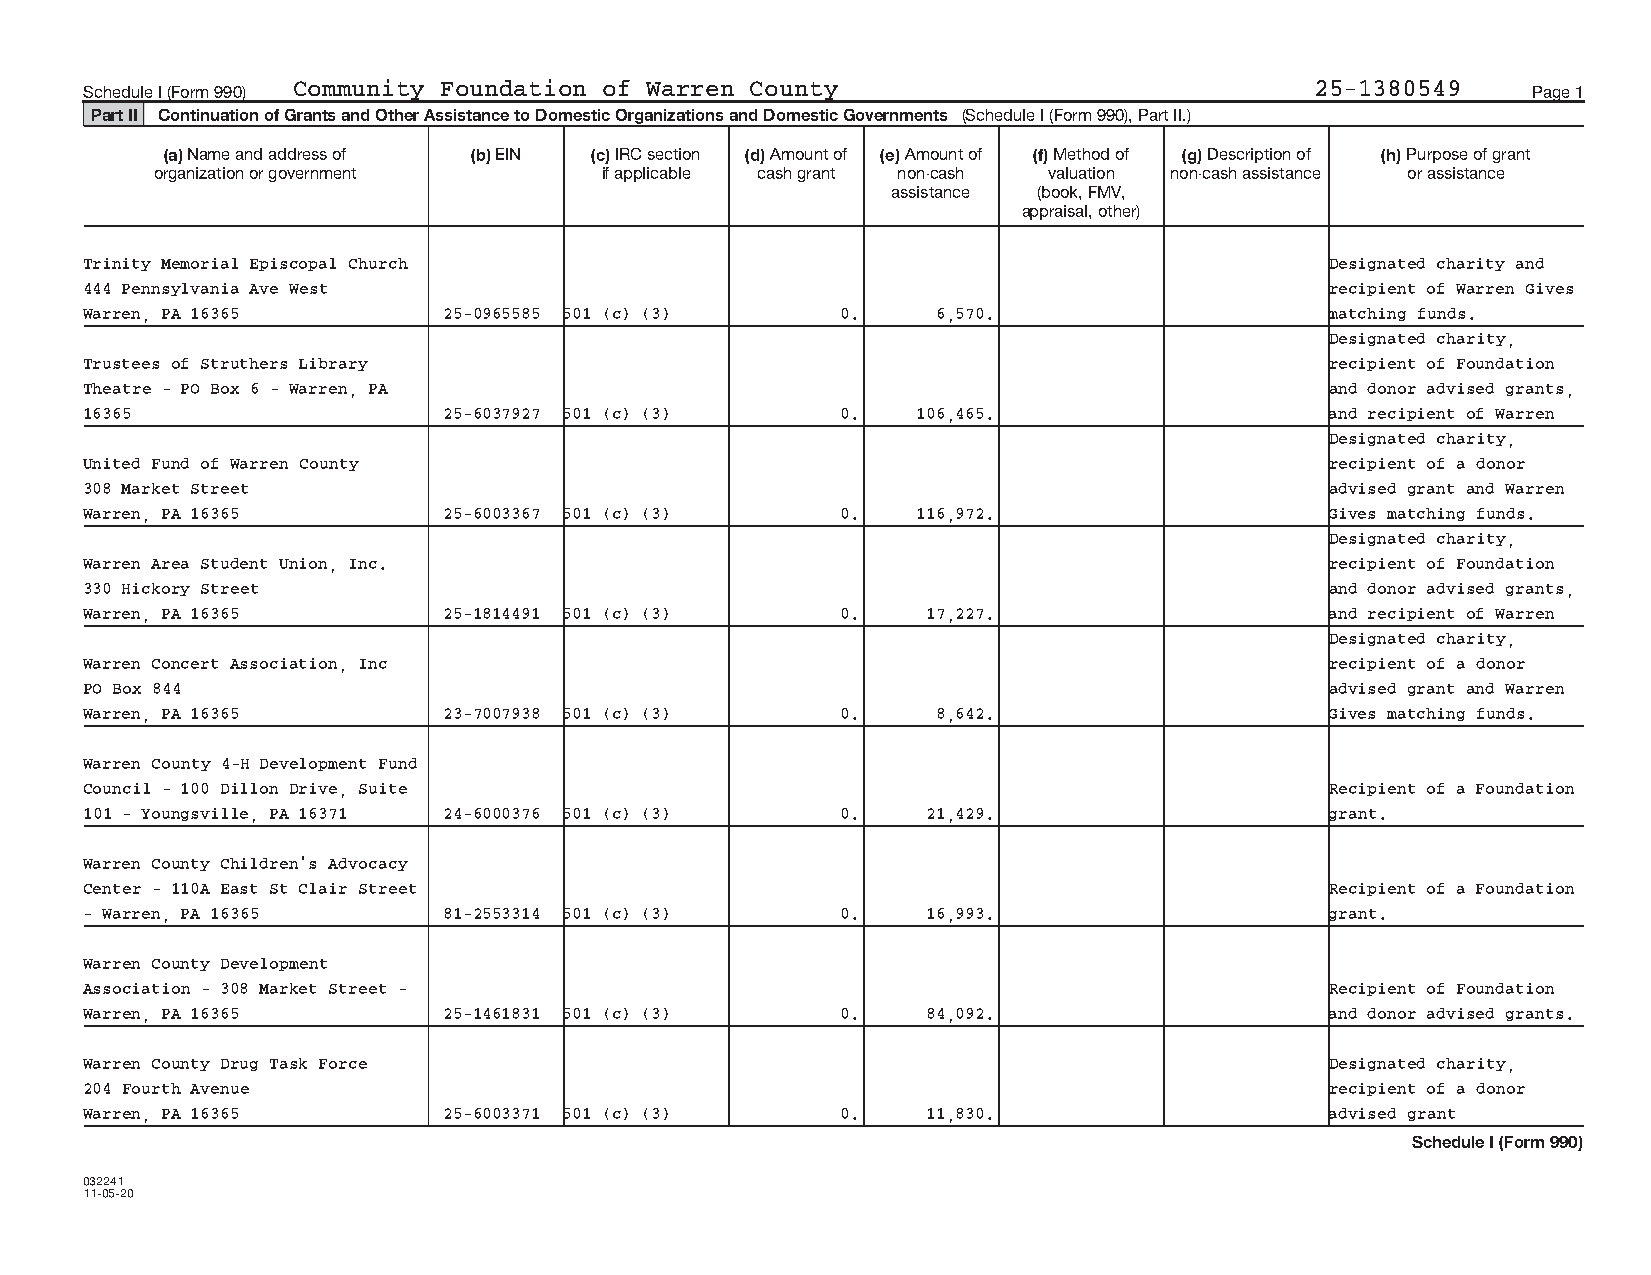
Schedule I (Form 990) Community Foundation of Warren County                      25‐1380549    Page 1
 Part II Continuation of Grants and Other Assistance to Domestic Organizations and Domestic Governments (Schedule I (Form 990), Part II.)
 (a) Name and address of (b) EIN (c) IRC section (d) Amount of (e) Amount of (f) Method of (g) Description of (h) Purpose of grant
 organization or government    if applicable cash grant non‐cash valuation non‐cash assistance or assistance
 assistance (book, FMV,
 appraisal, other)
 Trinity Memorial Episcopal Church                                                 Designated charity and
 444 Pennsylvania Ave West                                                         recipient of Warren Gives
 Warren, PA 16365       25‐0965585 501 (c) (3)     0.    6,570.                    matching funds.
 Designated charity,
 Trustees of Struthers Library                                                     recipient of Foundation
 Theatre ‐ PO Box 6 ‐ Warren, PA                                                   and donor advised grants,
 16365                  25‐6037927 501 (c) (3)     0.   106,465.                   and recipient of Warren
 Designated charity,
 United Fund of Warren County                                                      recipient of a donor
 308 Market Street                                                                 advised grant and Warren
 Warren, PA 16365       25‐6003367 501 (c) (3)     0.   116,972.                   Gives matching funds.
 Designated charity,
 Warren Area Student Union, Inc.                                                   recipient of Foundation
 330 Hickory Street                                                                and donor advised grants,
 Warren, PA 16365       25‐1814491 501 (c) (3)     0.   17,227.                    and recipient of Warren
 Designated charity,
 Warren Concert Association, Inc                                                   recipient of a donor
 PO Box 844                                                                        advised grant and Warren
 Warren, PA 16365       23‐7007938 501 (c) (3)     0.    8,642.                    Gives matching funds.
 Warren County 4‐H Development Fund
 Council ‐ 100 Dillon Drive, Suite                                                 Recipient of a Foundation
 101 ‐ Youngsville, PA 16371 24‐6000376 501 (c) (3) 0.  21,429.                    grant.
 Warren County Children's Advocacy
 Center ‐ 110A East St Clair Street                                                Recipient of a Foundation
 ‐ Warren, PA 16365     81‐2553314 501 (c) (3)     0.   16,993.                    grant.
 Warren County Development
 Association ‐ 308 Market Street ‐                                                 Recipient of Foundation
 Warren, PA 16365       25‐1461831 501 (c) (3)     0.   84,092.                    and donor advised grants.
 Warren County Drug Task Force                                                     Designated charity,
 204 Fourth Avenue                                                                 recipient of a donor
 Warren, PA 16365       25‐6003371 501 (c) (3)     0.   11,830.                    advised grant
 Schedule I (Form 990)
 032241
 11‐05‐20